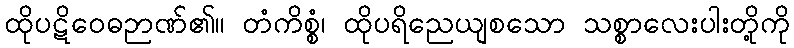
ထိုပဋိဝေဓဉာဏ်၏။ တံကိစ္စံ၊ ထိုပရိညေယျစသော သစ္စာလေးပါးတို့ကို